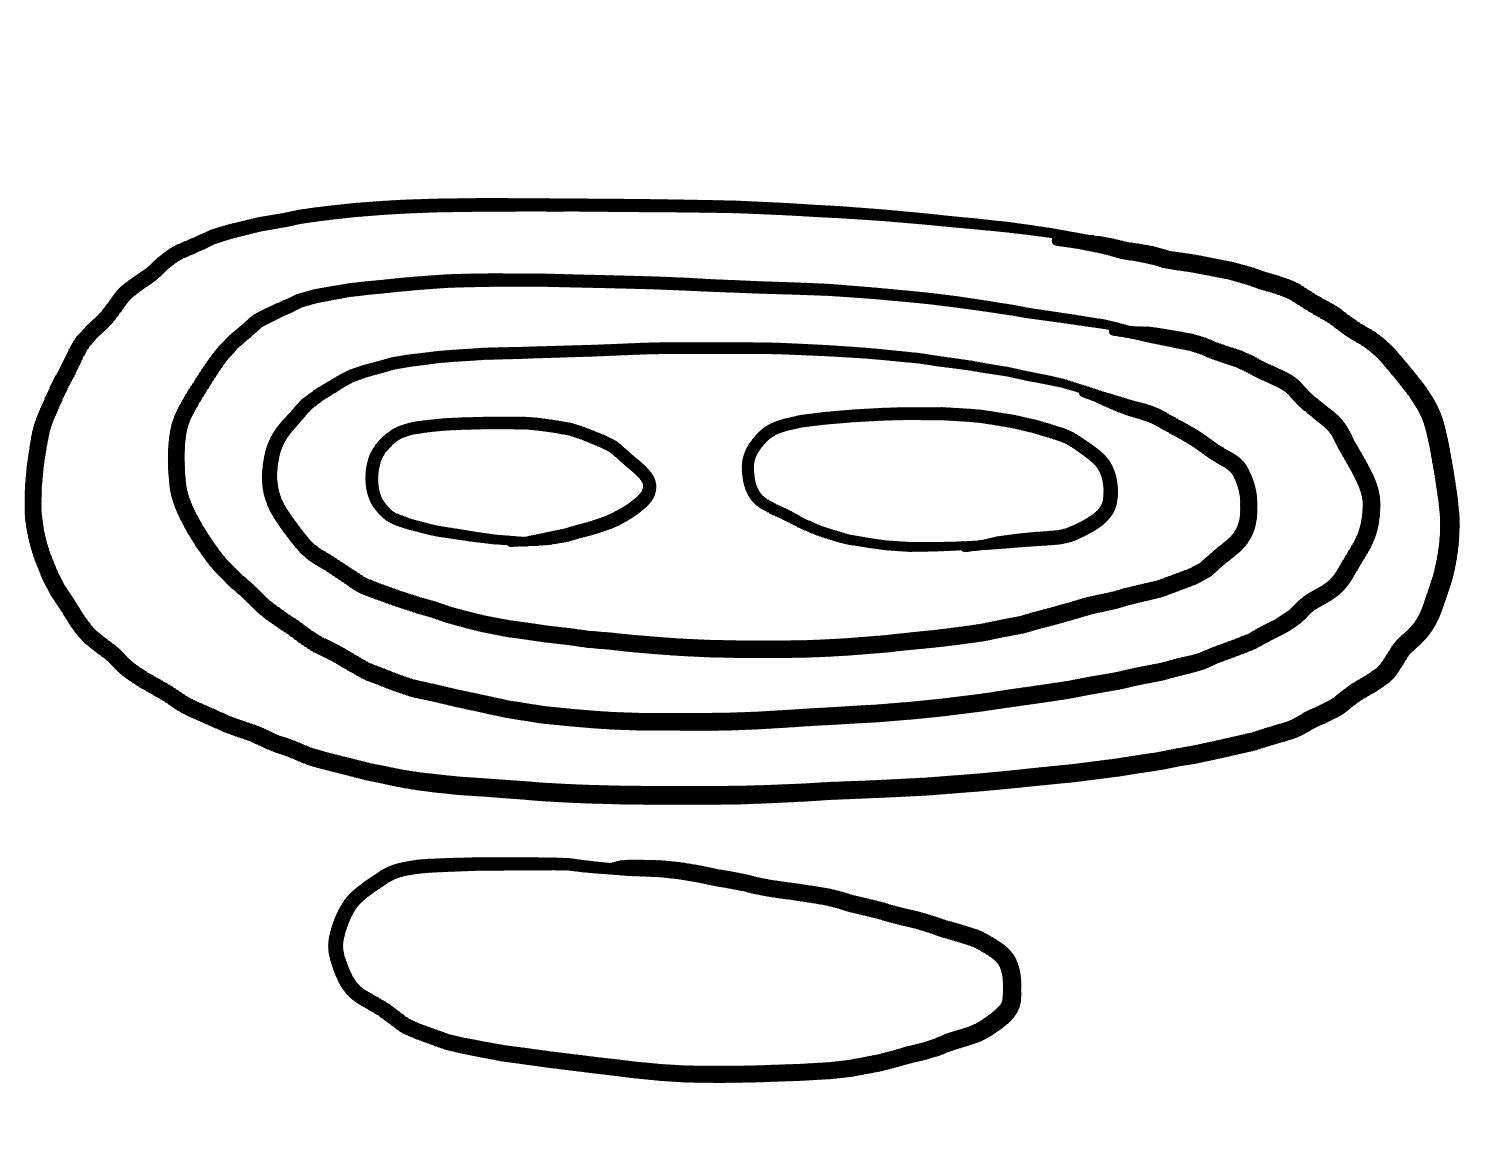
Number of regions (including the outer root region): 7
Containment tree edges (parent, child): 0, 1, 0, 2, 2, 3, 3, 4, 4, 5, 4, 6